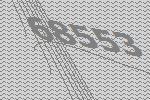
68553